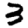
Digit: 3